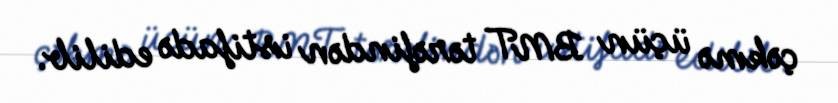
çəkmə üçün BMT tərəfindən istifadə edilib.